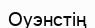
Оуэнстің